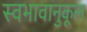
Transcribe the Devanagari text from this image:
स्वभावानुकूल